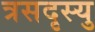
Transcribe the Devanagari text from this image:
त्रसदृस्यु